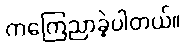
ကကြေညာခဲ့ပါတယ်။